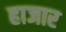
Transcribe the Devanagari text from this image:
हाजार